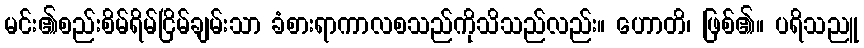
မင်း၏စည်းစိမ်ရိမ်ငြိမ်ချမ်းသာ ခံစားရာကာလစသည်ကိုသိသည်လည်း။ ဟောတိ၊ ဖြစ်၏။ ပရိသညူ